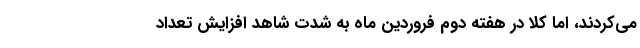
می‌کردند، اما کلا در هفته دوم فروردین ماه به شدت شاهد افزایش تعداد